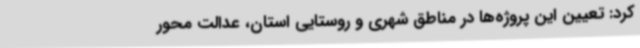
کرد: تعیین این پروژه‌ها در مناطق شهری و روستایی استان، عدالت محور